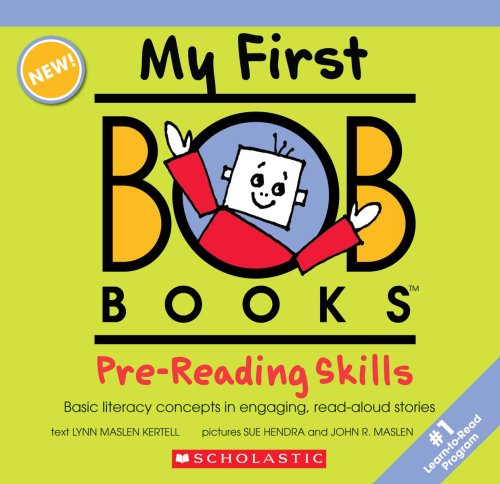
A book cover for My First BOB Books: Pre-Reading Skills; Lynn Maslen Kertell; Education & Teaching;